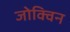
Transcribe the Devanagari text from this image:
जोक्विन